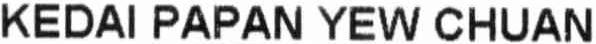
KEDAI PAPAN YEW CHUAN